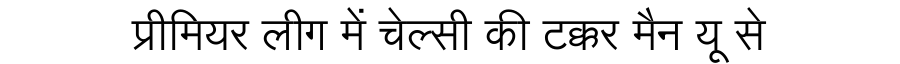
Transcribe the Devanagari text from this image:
प्रीमियर लीग में चेल्सी की टक्कर मैन यू से